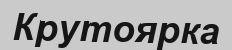
Крутоярка